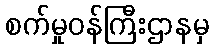
စက်မှုဝန်ကြီးဌာနမှ